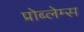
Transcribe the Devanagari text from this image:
प्रोब्लेम्स